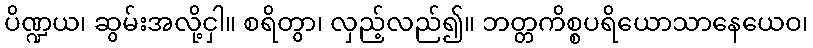
ပိဏ္ဍယ၊ ဆွမ်းအလို့ငှါ။ စရိတွာ၊ လှည့်လည်၍။ ဘတ္တကိစ္စပရိယောသာနေယေဝ၊